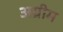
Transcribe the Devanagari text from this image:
अग्रीम